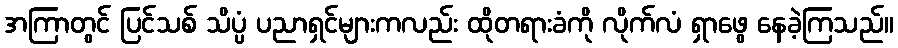
အကြာတွင် ပြင်သစ် သိပ္ပံ ပညာရှင်များကလည်း ထိုတရားခံကို လိုက်လံ ရှာဖွေ နေခဲ့ကြသည်။